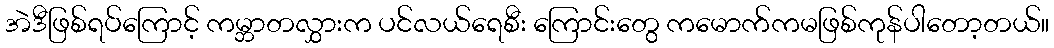
အဲဒီဖြစ်ရပ်ကြောင့် ကမ္ဘာတလွှားက ပင်လယ်ရေစီး ကြောင်းတွေ ကမောက်ကမဖြစ်ကုန်ပါတော့တယ်။